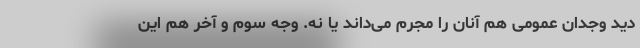
دید وجدان عمومی هم آنان را مجرم می‌داند یا نه. وجه سوم و آخر هم این